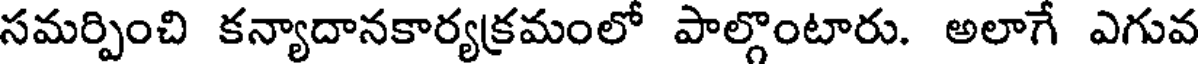
సమర్పించి కన్యాదానకార్యక్రమంలో పాల్గొంటారు. అలాగే ఎగువ